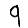
Digit: 9